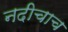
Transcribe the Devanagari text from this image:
नदीचाच